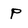
Character: P